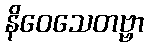
နိဝေသေတဗ္ဗာ